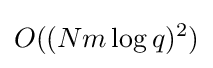
O((Nm\log q)^{2})